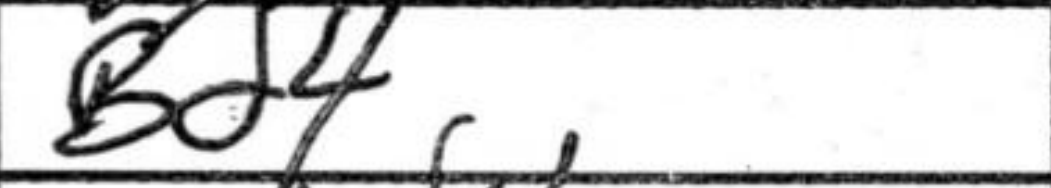
Transcription: Bd4